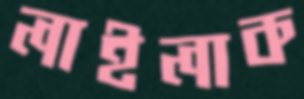
লাইলাক